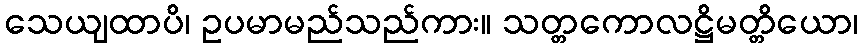
သေယျထာပိ၊ ဥပမာမည်သည်ကား။ သတ္တကောလဋ္ဌိမတ္တိယော၊